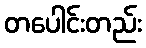
တပေါင်းတည်း